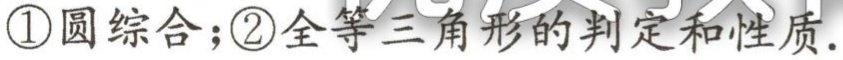
\textcircled{1}圆综合;\textcircled{2}全等三角形的判定和性质.